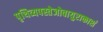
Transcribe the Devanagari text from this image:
पृथिव्यपस्तेजोवायुराकाशं